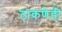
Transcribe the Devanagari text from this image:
टाकणेही